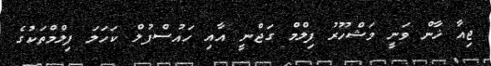
ޖިއާ ޚާން ވަނީ މަޝްހޫރު ފިލްމް ގަޖްނީ އާއި ހައުސްފުލް ކަހަލަ ފިލްމްތަކުގެ